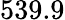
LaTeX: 539.9